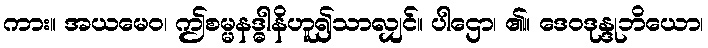
ကား။ အယမေဝ၊ ဤစမ္မနဒ္ဓါနိဟူ၍သာလျှင်။ ပါဌော၊ ၏။ ဒေဝဒုန္ဒုဘိယော၊